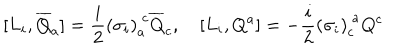
LaTeX: [ L _ { i } , \overline { { { Q } } } _ { a } ] = \frac { i } { 2 } { ( \sigma _ { i } ) } _ { a } ^ { ~ c } \overline { { { Q } } } _ { c } , \quad [ L _ { i } , Q ^ { a } ] = - \frac { i } { 2 } { ( \sigma _ { i } ) } _ { c } ^ { ~ a } Q ^ { c }